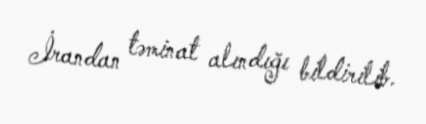
İrandan təminat alındığı bildirilib.